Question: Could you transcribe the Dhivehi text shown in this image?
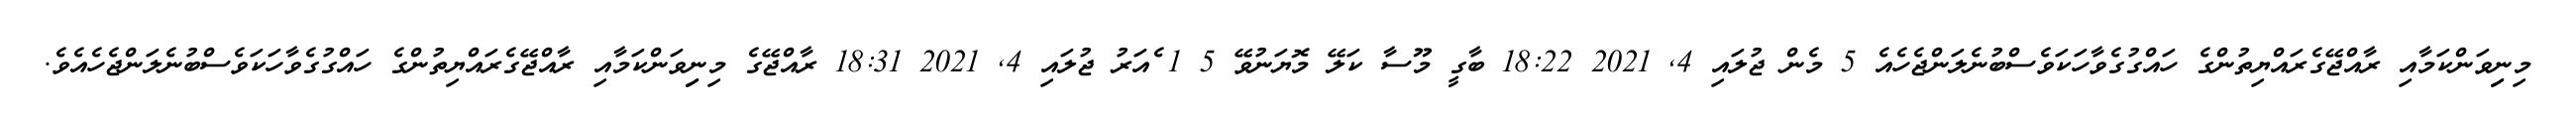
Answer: މިނިިވަންކަމާއި ރާއްޖޭގެރައްޔިތުންގެ ހައްގުގެވާހަކަވެސްބުނެލަންޖެހެއެ 5 މެން ޖުލައި 4, 2021 18:22 ބާގީ މޫސާ ކަލޭ މޮޔަނުވޭ 5 1 ެއަރު ޖުލައި 4, 2021 18:31 ރާއްޖޭގެ މިނިިވަންކަމާއި ރާއްޖޭގެރައްޔިތުންގެ ހައްގުގެވާހަކަވެސްބުނެލަންޖެހެއެވެ.